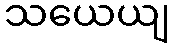
သယေယျ